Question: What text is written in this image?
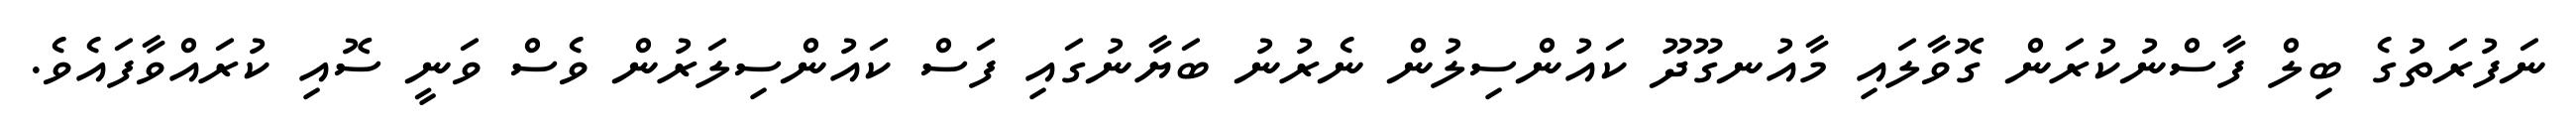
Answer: ނަފުރަތުގެ ބިލް ފާސްނުކުރަން ގޮވާލައި މާއުނގޫދޫ ކައުންސިލުން ނެރުނު ބަޔާނުގައި ފަސް ކައުންސިލަރުން ވެސް ވަނީ ސޮއި ކުރައްވާފައެވެ.